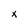
Character: x